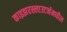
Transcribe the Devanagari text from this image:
काइझरस्लाउटर्नमधील